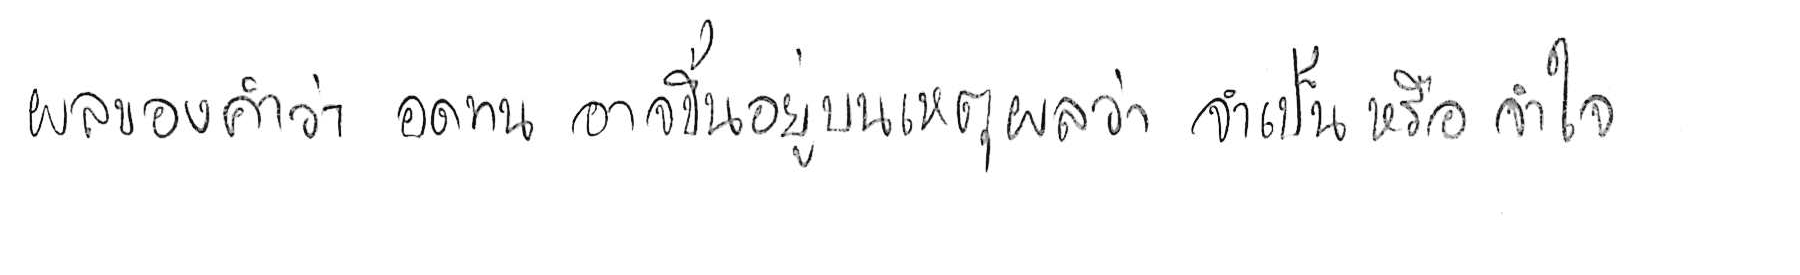
ผลของคำว่า อดทน อาจขึ้นอยู่บนเหตุผลว่า จำเป็น หรือ จำใจ